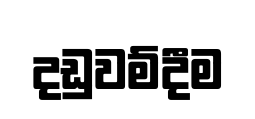
දඩුවම්දීම